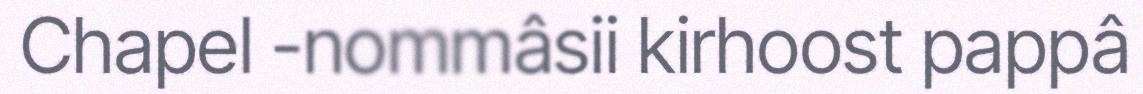
Chapel -nommâsii kirhoost pappâ